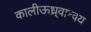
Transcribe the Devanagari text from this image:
कालीऊध्र्वान्वय